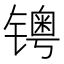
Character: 𰾺